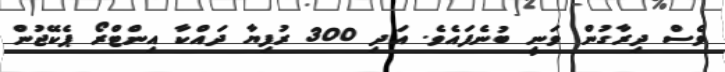
ވެސް ދިރާގުން ވަނީ ބުނެފައެވެ. އަދި 300 ރުފިޔާ ދައްކާ އިންޓްރޯ ޕެކޭޖުން